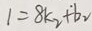
1 = 8 k _ { 2 } + b _ { 2 }